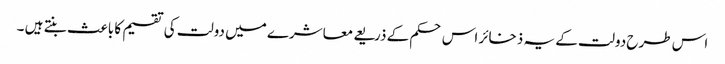
اس طرح دولت کے یہ ذخائر اس حکم کے ذریعے معاشرے میں دولت کی تقسیم کا باعث بنتے ہیں ۔